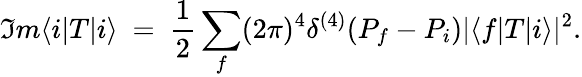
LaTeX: \Im m\langle i|T|i\rangle\ =\ \frac{1}{2}\sum_{f}(2\pi)^{4}\delta^{(4)}(P_{f}-P_{i})|\langle f|T|i\rangle|^{2}.